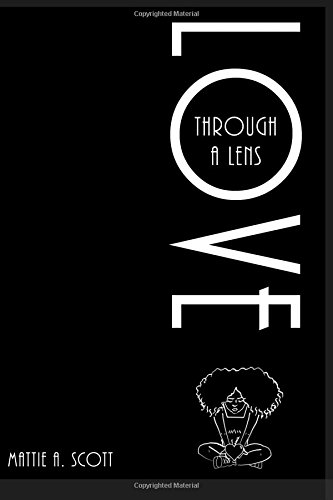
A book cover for Love Through a Lens; Mattie A. Scott; Literature & Fiction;